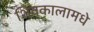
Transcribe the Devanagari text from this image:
शिवकालामधे